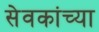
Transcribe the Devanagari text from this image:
सेवकांच्या